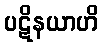
ပဋိနယာဟိ